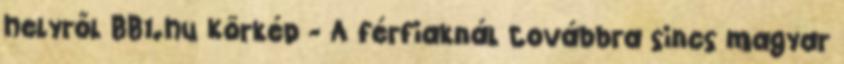
helyről BB1.hu Körkép - A férfiaknál továbbra sincs magyar